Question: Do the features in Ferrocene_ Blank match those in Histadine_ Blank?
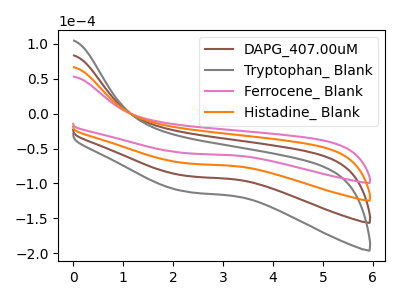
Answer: <think>The brown curve "DAPG_407.00uM" has no peaks. The gray curve "Tryptophan_ Blank" has no peaks. The pink curve "Ferrocene_ Blank" has no peaks. The orange curve "Histadine_ Blank" has no peaks.
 Neither "Ferrocene_ Blank" or "Histadine_ Blank" have any peaks.</think>
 <answer>"Ferrocene_ Blank" and "Histadine_ Blank" are similar in shape.</answer>
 <eval>same_shape</eval>